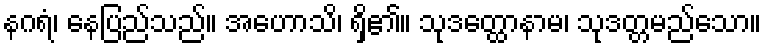
နဂရံ၊ နေပြည်သည်။ အဟောသိ၊ ရှိ၏။ သုဒတ္ထောနာမ၊ သုဒတ္တမည်သော။